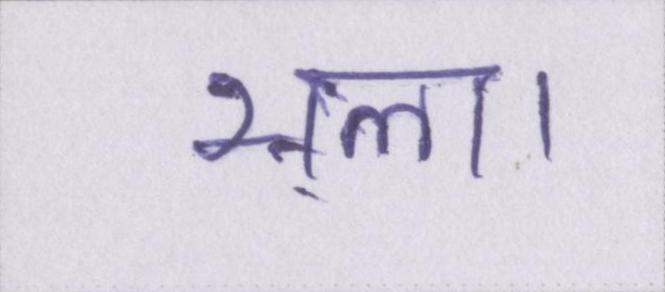
भला।